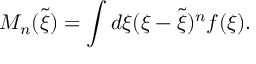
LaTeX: M _ { n } ( \tilde { \xi } ) = \int d \xi ( \xi - \tilde { \xi } ) ^ { n } f ( \xi ) .